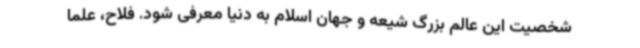
شخصیت این عالم بزرگ شیعه و جهان اسلام به دنیا معرفی شود. فلاح، علما